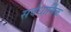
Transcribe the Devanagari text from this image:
सर्वधार्मिक